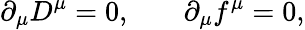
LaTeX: \partial_{\mu}D^{\mu}=0,\, \, \, \, \, \, \, \, \, \, \, \partial_{\mu}f^{\mu}=0,